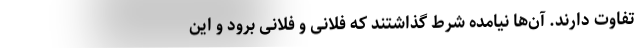
تفاوت دارند. آن‌ها نیامده شرط گذاشتند که فلانی و فلانی برود و این